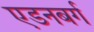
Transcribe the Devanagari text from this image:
एडनबर्ग